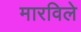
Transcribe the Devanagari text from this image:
मारविले